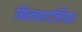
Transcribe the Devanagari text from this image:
बिलहार्जिया